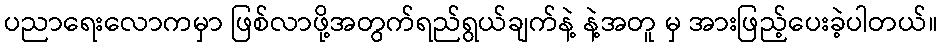
ပညာရေးလောကမှာ ဖြစ်လာဖို့အတွက်ရည်ရွယ်ချက်နဲ့ နဲ့အတူ မှ အားဖြည့်ပေးခဲ့ပါတယ်။